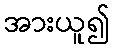
အားယူ၍